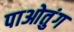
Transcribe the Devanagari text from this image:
पाओतुंग